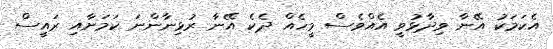
އެކަމަކު އޭނާ ވިދާޅުވީ އެއްވެސް މީހެއް ދެކެ އޭނާ ރުޅިނާންނަ ކަމަށާއި ރައީސް